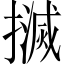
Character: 𢷄